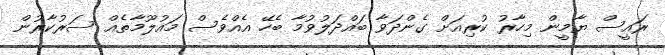
ރައީސް ޔާމީން މިހާރު ކުރިއަށް ގެންދަވާ ބައްދަލުވުމާ ބެހޭ އެއްވެސް މައުލޫމާތެއް ސަރުކާރުން